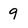
Character: 9